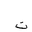
Letter: _ta